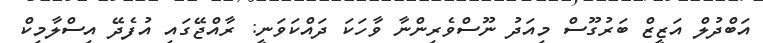
އަބްދުލް އަޒީޒް ބަރުގޫސް މިއަދު ނޫސްވެރިންނާ ވާހަކަ ދައްކަވަނީ: ރާއްޖޭގައި އުފެދޭ އިސްލާމިކް